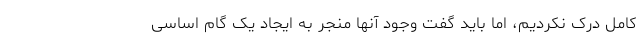
کامل درک نکردیم، اما باید گفت وجود آنها منجر به ایجاد یک گام اساسی